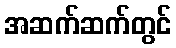
အဆက်ဆက်တွင်